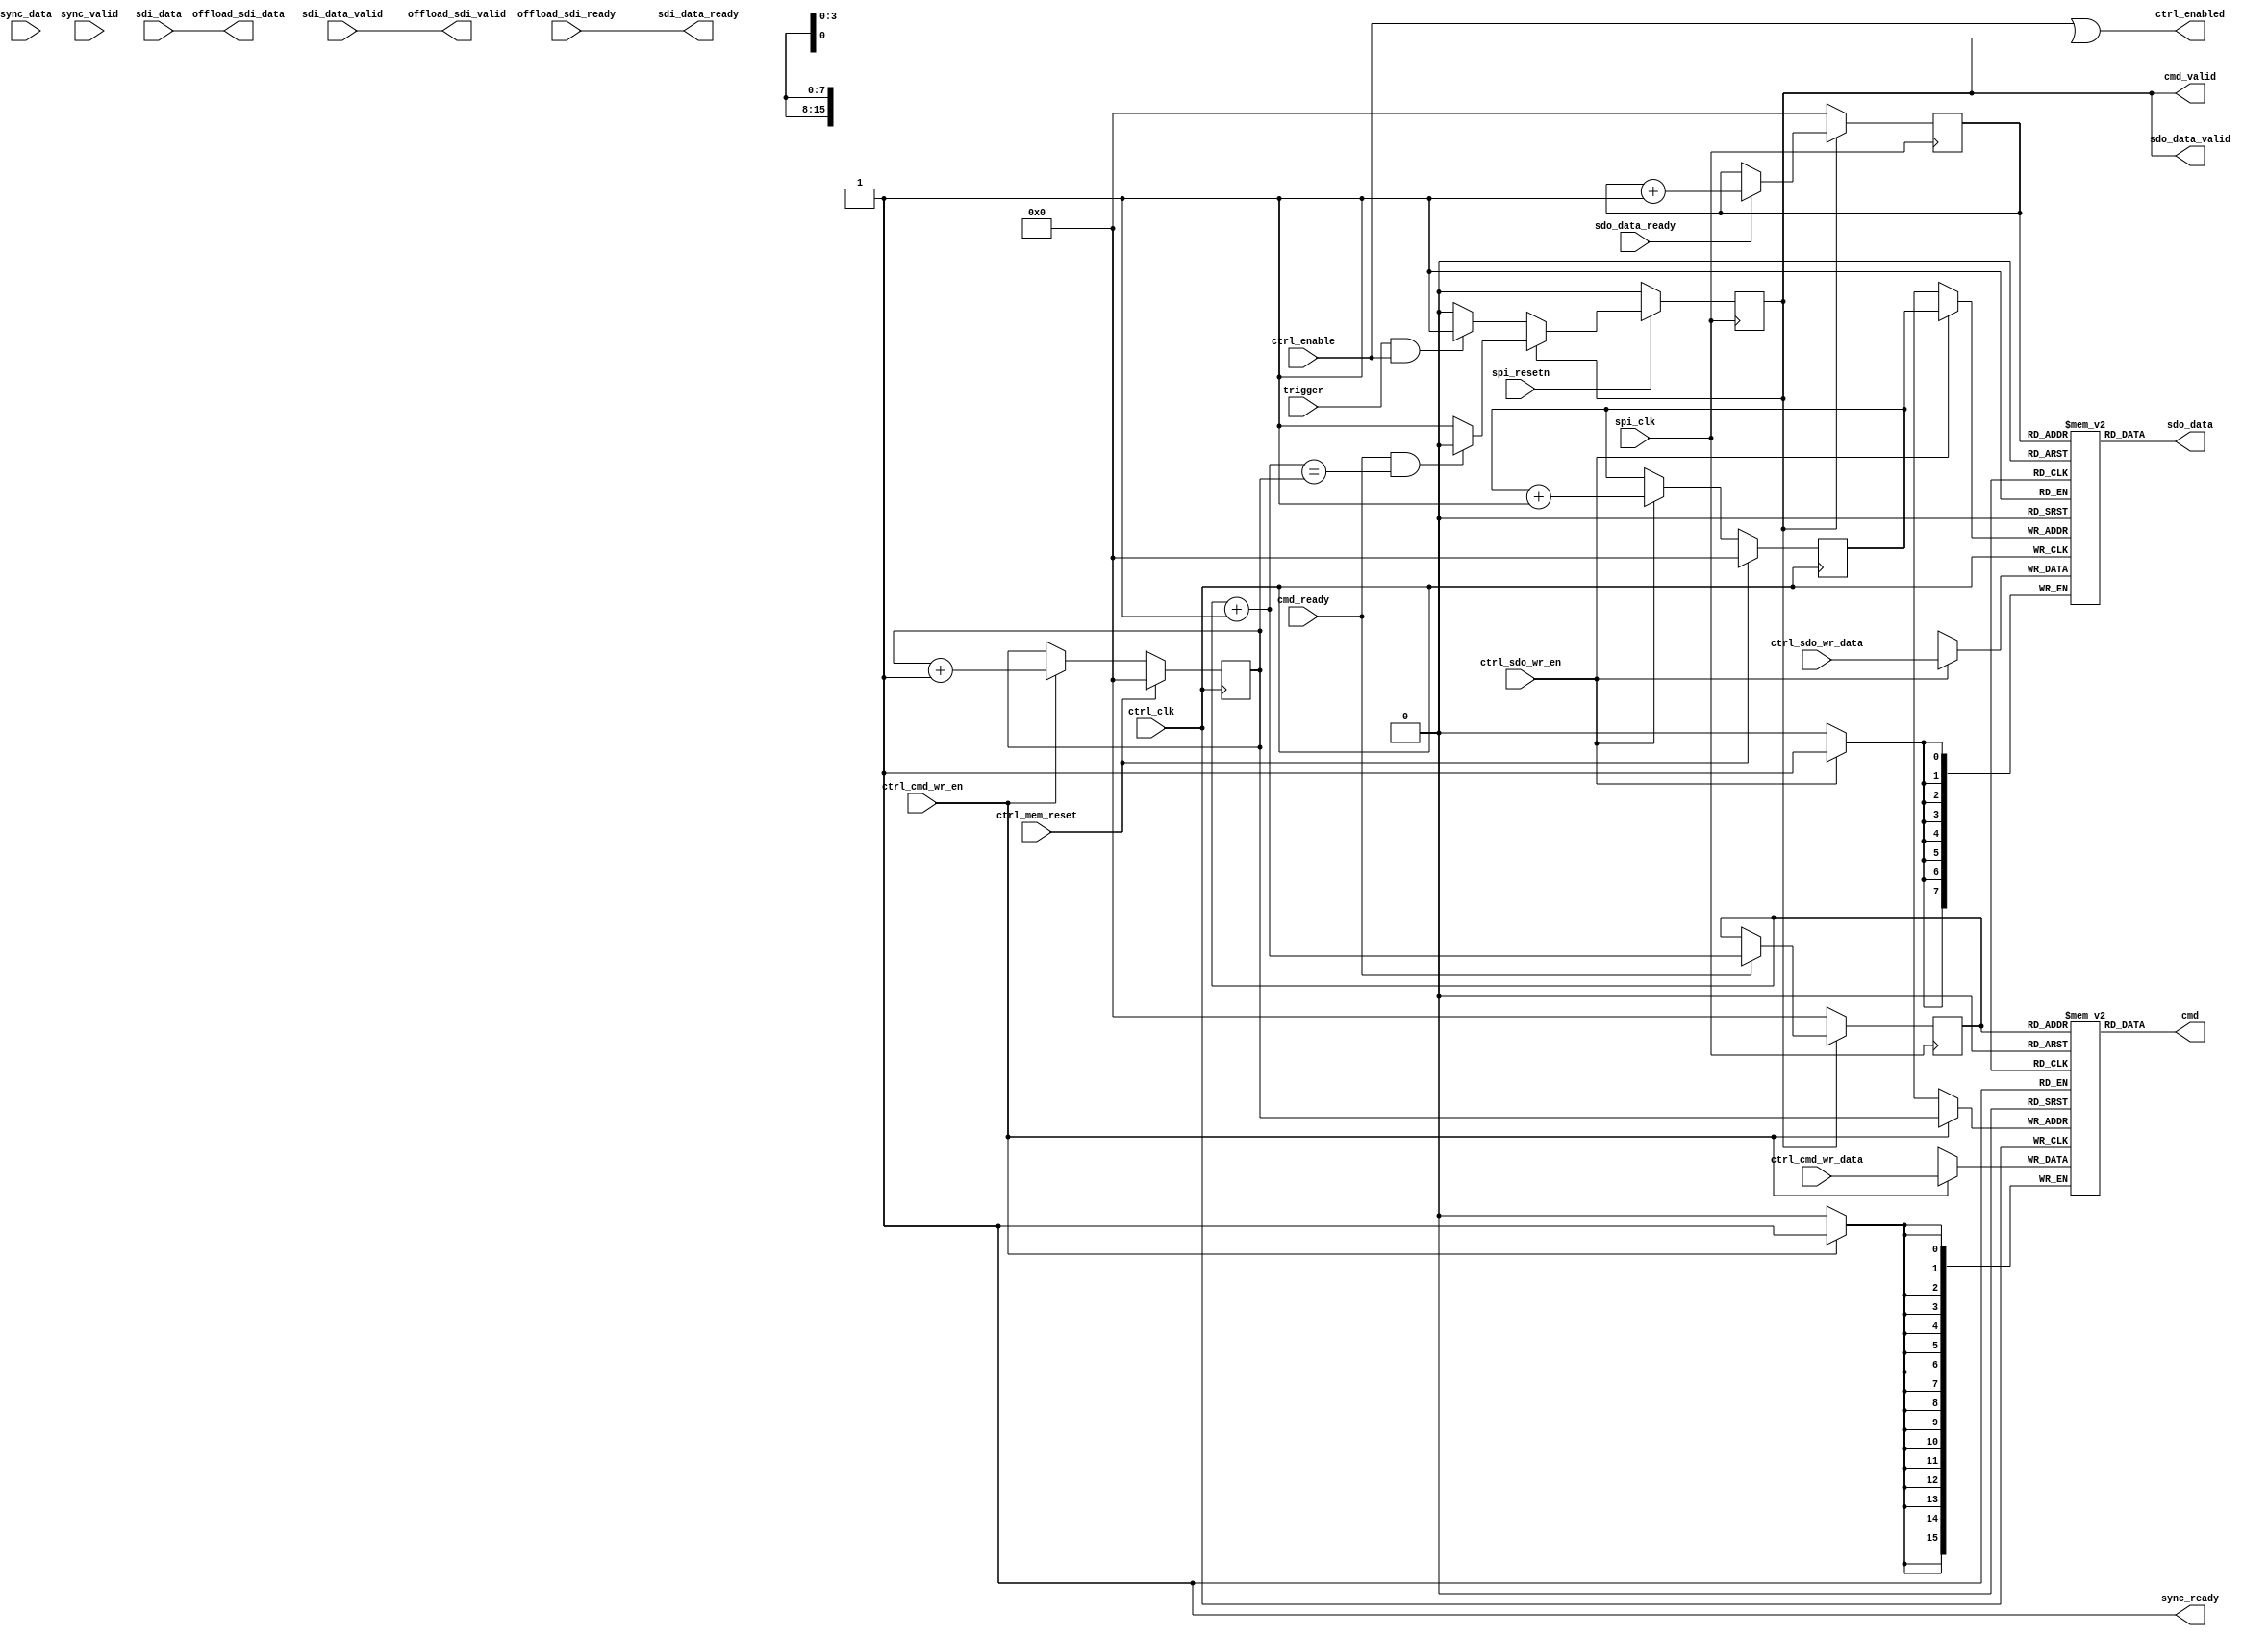
module spi_engine_offload (
  input ctrl_clk,

  input ctrl_cmd_wr_en,
  input [15:0] ctrl_cmd_wr_data,

  input ctrl_sdo_wr_en,
  input [(DATA_WIDTH-1):0] ctrl_sdo_wr_data,

  input ctrl_enable,
  output ctrl_enabled,
  input ctrl_mem_reset,

  input spi_clk,
  input spi_resetn,

  input trigger,

  output cmd_valid,
  input cmd_ready,
  output [15:0] cmd,

  output sdo_data_valid,
  input sdo_data_ready,
  output [(DATA_WIDTH-1):0] sdo_data,

  input sdi_data_valid,
  output sdi_data_ready,
  input [(NUM_OF_SDI * DATA_WIDTH-1):0] sdi_data,

  input sync_valid,
  output sync_ready,
  input [7:0] sync_data,

  output offload_sdi_valid,
  input offload_sdi_ready,
  output [(NUM_OF_SDI * DATA_WIDTH-1):0] offload_sdi_data
);

parameter ASYNC_SPI_CLK = 0;
parameter CMD_MEM_ADDRESS_WIDTH = 4;
parameter SDO_MEM_ADDRESS_WIDTH = 4;
parameter DATA_WIDTH = 8;                   // Valid data widths values are 8/16/24/32
parameter NUM_OF_SDI = 1;

reg spi_active = 1'b0;

reg [CMD_MEM_ADDRESS_WIDTH-1:0] ctrl_cmd_wr_addr = 'h00;
reg [CMD_MEM_ADDRESS_WIDTH-1:0] spi_cmd_rd_addr = 'h00;
reg [SDO_MEM_ADDRESS_WIDTH-1:0] ctrl_sdo_wr_addr = 'h00;
reg [SDO_MEM_ADDRESS_WIDTH-1:0] spi_sdo_rd_addr = 'h00;

reg [15:0] cmd_mem[0:2**CMD_MEM_ADDRESS_WIDTH-1];
reg [(DATA_WIDTH-1):0] sdo_mem[0:2**SDO_MEM_ADDRESS_WIDTH-1];

wire [CMD_MEM_ADDRESS_WIDTH-1:0] spi_cmd_rd_addr_next;
wire spi_enable;

assign cmd_valid = spi_active;
assign sdo_data_valid = spi_active;
assign sync_ready = 1'b1;

assign offload_sdi_valid = sdi_data_valid;
assign sdi_data_ready = offload_sdi_ready;
assign offload_sdi_data = sdi_data;

assign cmd = cmd_mem[spi_cmd_rd_addr];
assign sdo_data = sdo_mem[spi_sdo_rd_addr];

generate if (ASYNC_SPI_CLK) begin

/*
 * The synchronization circuit takes care that there are no glitches on the
 * ctrl_enabled signal. ctrl_do_enable is asserted whenever ctrl_enable is
 * asserted, but only deasserted once the signal has been synchronized back from
 * the SPI domain. This makes sure that we can't end up in a state where the
 * enable signal in the SPI domain is asserted, but neither enable nor enabled
 * is asserted in the control domain.
 */

reg ctrl_do_enable = 1'b0;
wire ctrl_is_enabled;
reg spi_enabled = 1'b0;

always @(posedge ctrl_clk) begin
  if (ctrl_enable == 1'b1) begin
    ctrl_do_enable <= 1'b1;
  end else if (ctrl_is_enabled == 1'b1) begin
    ctrl_do_enable <= 1'b0;
  end
end

assign ctrl_enabled = ctrl_is_enabled | ctrl_do_enable;

always @(posedge spi_clk) begin
  spi_enabled <= spi_enable | spi_active;
end

sync_bits # (
    .NUM_OF_BITS(1),
    .ASYNC_CLK(1)
) i_sync_enable (
    .in(ctrl_do_enable),
    .out_clk(spi_clk),
    .out_resetn(1'b1),
    .out(spi_enable)
);

sync_bits # (
    .NUM_OF_BITS(1),
    .ASYNC_CLK(1)
) i_sync_enabled (
    .in(spi_enabled),
    .out_clk(ctrl_clk),
    .out_resetn(1'b1),
    .out(ctrl_is_enabled)
);

end else begin
assign spi_enable = ctrl_enable;
assign ctrl_enabled = spi_enable | spi_active;
end endgenerate

assign spi_cmd_rd_addr_next = spi_cmd_rd_addr + 1;

always @(posedge spi_clk) begin
  if (spi_resetn == 1'b0) begin
    spi_active <= 1'b0;
  end else begin
    if (spi_active == 1'b0) begin
      if (trigger == 1'b1 && spi_enable == 1'b1)
        spi_active <= 1'b1;
    end else if (cmd_ready == 1'b1 && spi_cmd_rd_addr_next == ctrl_cmd_wr_addr) begin
      spi_active <= 1'b0;
    end
  end
end

always @(posedge spi_clk) begin
  if (cmd_valid == 1'b0) begin
    spi_cmd_rd_addr <= 'h00;
  end else if (cmd_ready == 1'b1) begin
    spi_cmd_rd_addr <= spi_cmd_rd_addr_next;
  end
end

always @(posedge spi_clk) begin
  if (spi_active == 1'b0) begin
    spi_sdo_rd_addr <= 'h00;
  end else if (sdo_data_ready == 1'b1) begin
    spi_sdo_rd_addr <= spi_sdo_rd_addr + 1'b1;
  end
end

always @(posedge ctrl_clk) begin
  if (ctrl_mem_reset == 1'b1)
    ctrl_cmd_wr_addr <= 'h00;
  else if (ctrl_cmd_wr_en == 1'b1)
    ctrl_cmd_wr_addr <= ctrl_cmd_wr_addr + 1'b1;
end

always @(posedge ctrl_clk) begin
  if (ctrl_cmd_wr_en == 1'b1)
    cmd_mem[ctrl_cmd_wr_addr] <= ctrl_cmd_wr_data;
end

always @(posedge ctrl_clk) begin
  if (ctrl_mem_reset == 1'b1)
    ctrl_sdo_wr_addr <= 'h00;
  else if (ctrl_sdo_wr_en == 1'b1)
    ctrl_sdo_wr_addr <= ctrl_sdo_wr_addr + 1'b1;
end

always @(posedge ctrl_clk) begin
  if (ctrl_sdo_wr_en == 1'b1)
    sdo_mem[ctrl_sdo_wr_addr] <= ctrl_sdo_wr_data;
end

endmodule